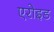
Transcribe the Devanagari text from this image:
एरोइड